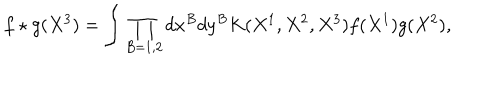
f \star g ( X ^ { 3 } ) = \int \prod _ { B = 1 , 2 } d x ^ { B } d y ^ { B } K ( X ^ { 1 } , X ^ { 2 } , X ^ { 3 } ) f ( X ^ { 1 } ) g ( X ^ { 2 } ) ,